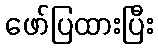
ဖော်ပြထားပြီး